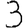
Digit: 3